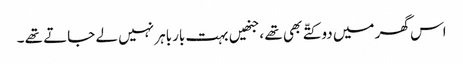
اس گھر میں دو کتّے بھی تھے ،جنھیں بہت بارباہر نہیں لے جاتے تھے ۔